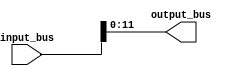
module take_lsb (

	input [15:0] input_bus,
	output [11:0] output_bus

);

assign output_bus = input_bus[11:0];

endmodule